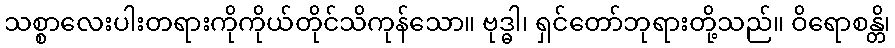
သစ္စာလေးပါးတရားကိုကိုယ်တိုင်သိကုန်သော။ ဗုဒ္ဓါ၊ ရှင်တော်ဘုရားတို့သည်။ ဝိရောစန္တိ၊